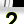
Digit: 2